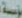
مؤسسة